Senior Leaving Certificate Examination (including Day School Certificate (Higher) General paper), 1947
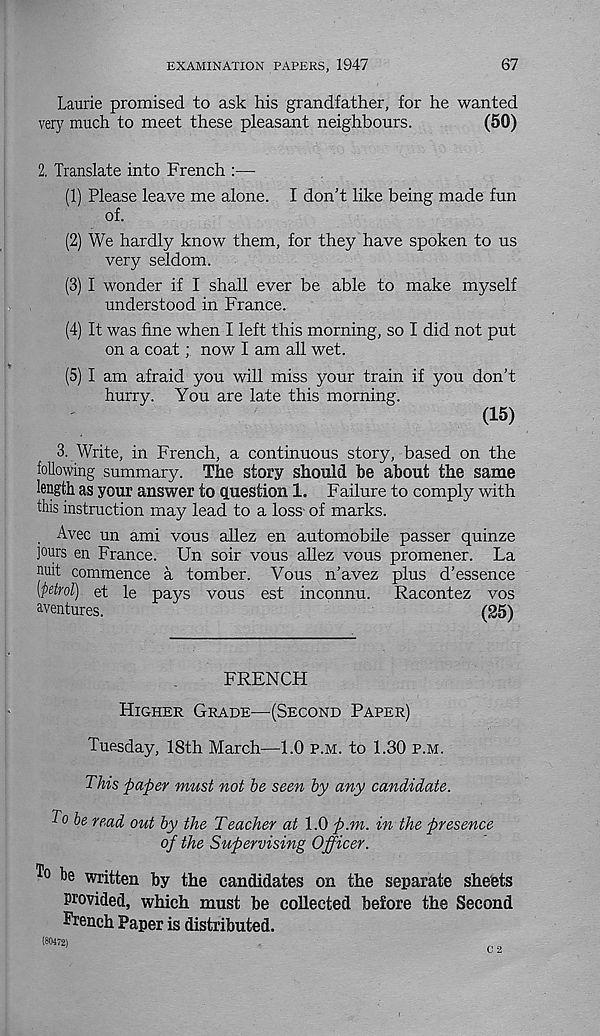
EXAMINATION PAPERS, 1947
67
Laurie promised to ask his grandfather, for he wanted
very much to meet these pleasant neighbours.
(50)
2. Translate into French :—-
(1) Please leave me alone. I don’t like being made fun
of.
(2) We hardly know them, for they have spoken to us
very seldom.
(3) I wonder if I shall ever be able to make myself
understood in France.
(4) It was fine when I left this morning, so I did not put
on a coat; now I am all wet.
(5) I am afraid you will miss your train if you don’t
hurry. You are late this morning.
(15)
3. Write, in French, a continuous story, based on the
following summary. The story should be about the same
length as your answer to question 1. Failure to comply with
this instruction may lead to a loss- of marks.
Avec un ami vous allez en automobile passer quinze
jours en France. Un soir vous allez vous promener. La
writ commence a tomber. Vous n’avez plus d’essence
[petrol) et le pays vous est inconnu.
Racontez vos
aventures.
(25)
FRENCH
Higher Grade—{Second Paper)
Tuesday, 18th March—1.0 p.m. to 1.30 p.m.
This paper must not he seen by any candidate.
To he read out by the Teacher at 1.0 p.m. in the presence
of the Supervising Officer.
T° be written by the candidates on the separate sheets
Provided, which must be collected before the Second
French Paper is distributed.